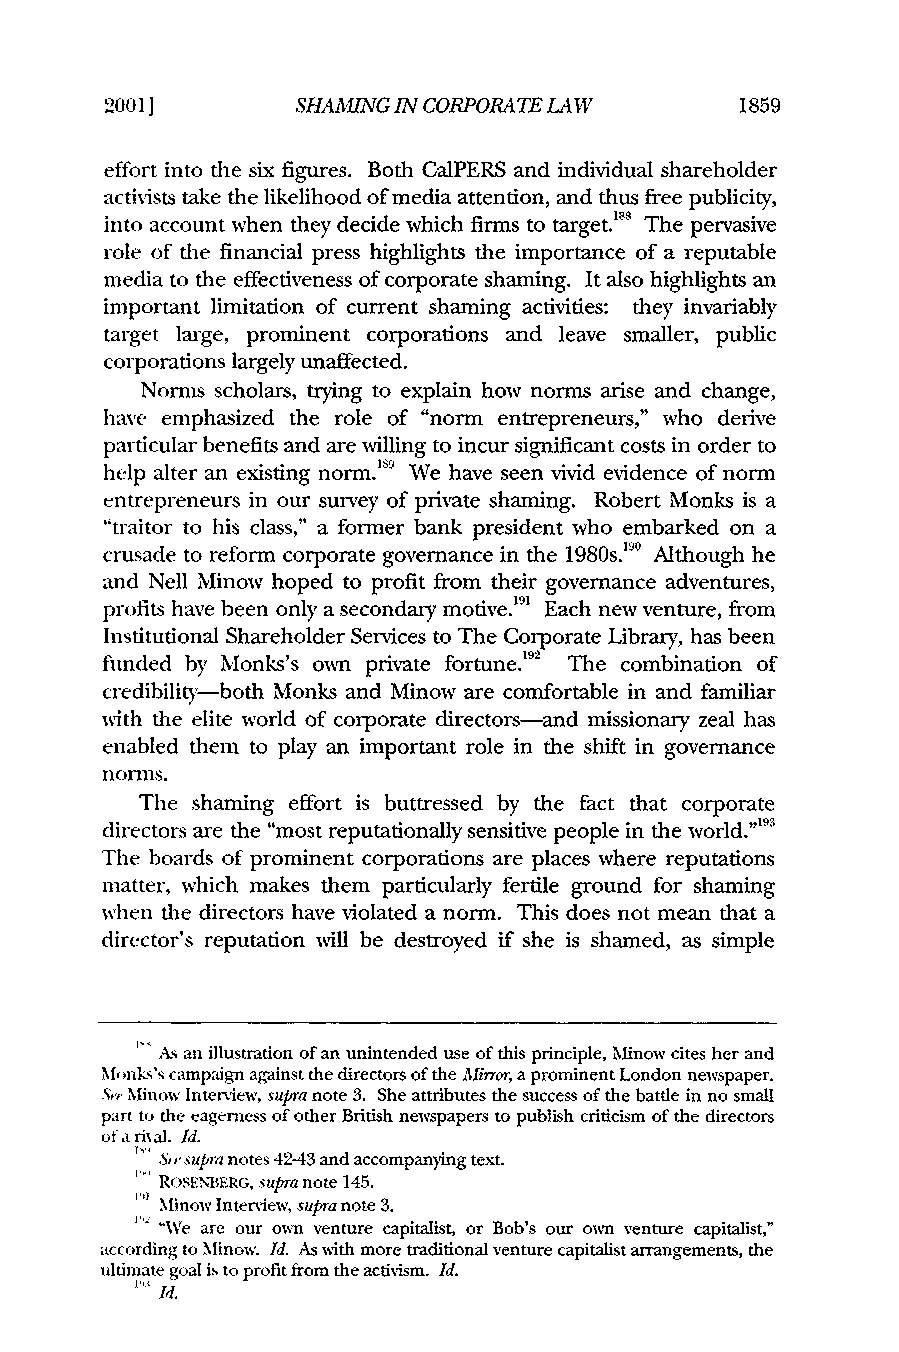
2001]        SHAMING IN CORPORATE LAW     1859
 effort into the six figures. Both CalPERS and individual shareholder
 activists take the likelihood of media attention, and thus free publicity,
 into account when they decide which firms to target.' The pervasive
 role of the financial press highlights the importance of a reputable
 media to the effectiveness of corporate shaming. It also highlights an
 important limitation of current shaming activities: they invariably
 target large, prominent corporations and leave smaller, public
 corporations largely unaffected.
 Norms scholars, trying to explain how norms arise and change,
 have emphasized the role of "norm entrepreneurs," who derive
 particular benefits and are willing to incur significant costs in order to
 help alter an existing norm."' We have seen vivid evidence of norm
 entrepreneurs in our survey of private shaming. Robert Monks is a
 "traitor to his class," a former bank president who embarked on a
 crusade to reform corporate governance in the 1980s.' Although he
 and Nell Minow hoped to profit from their governance adventures,
 profits have been only a secondary motive.'9' Each new venture, from
 Institutional Shareholder Services to The Corporate Library, has been
 funded by Monks's own private fortune. 'q The combination of
 credibility-both Monks and Minow are comfortable in and familiar
 with the elite world of corporate directors-and missionary zeal has
 enabled them to play an important role in the shift in governance
 norms.
 The shaming effort is buttressed by the fact that corporate
 directors are the "most reputationally sensitive people in the world."'93
 The boards of prominent corporations are places where reputations
 matter, which makes them particularly fertile ground for shaming
 when the directors have violated a norm. This does not mean that a
 director's reputation will be destroyed if she is shamed, as simple
 AA"- sa n illustration of an unintended use of this principle, Minow cites her and
 MN nks's campaign against the directors of the Mirror, a prominent London newspaper.
 . .,M inow Interview, supra note 3. She attributes the success of the battle in no small
 part to the eagerness of other British newspapers to publish criticism of the directors
 ofarixal. Id.
 S 's upra notes 42-43 and accompanying text.
 ROSENBERG, supra note 145.
 Minow Interview, supra note 3.
 "We are our ownm venture capitalist, or Bob's our own venture capitalist,"
 according to Minow. Id. As with more traditional venture capitalist arrangements, the
 ultimate goal isto profit from the activism. Id.
 111 /d.